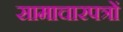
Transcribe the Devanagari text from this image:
सामाचारपत्रों